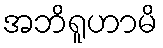
အဘိရူဟာမိ